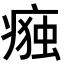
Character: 𭼛